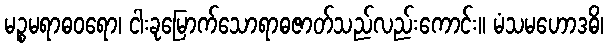
မဉ္စမရာဓဝရော၊ ငါးခုမြောက်သောရာဓဇာတ်သည်လည်းကောင်း။ မံသမဟောဒဓိ၊